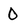
Character: 0